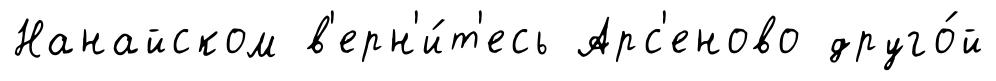
Нанайском в'ерн'и́т'есь Арс'еново друго́й